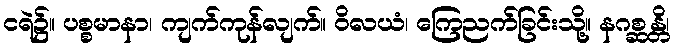
ငရဲ၌။ ပစ္စမာနာ၊ ကျက်ကုန်လျက်။ ဝိလယံ၊ ကြေညက်ခြင်းသို့။ နဂစ္ဆန္တိ၊